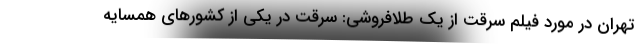
تهران در مورد فیلم سرقت از یک طلافروشی: سرقت در یکی از کشورهای همسایه